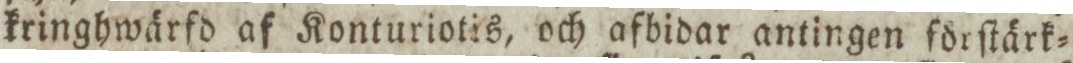
kringhwärfd af Konturiotis, och afbidar antingen förſtärk=